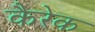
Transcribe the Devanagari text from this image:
कैरेक